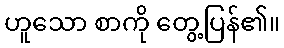
ဟူသော စာကို တွေ့ပြန်၏။